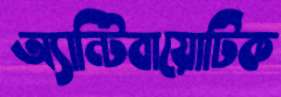
অ্যান্টিবায়োটিক